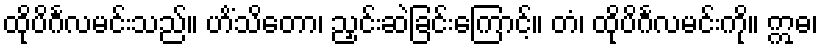
ထိုပိင်္ဂလမင်းသည်။ ဟိံသိတော၊ ညှင်းဆဲခြင်းကြောင့်။ တံ၊ ထိုပိင်္ဂလမင်းကို။ ဣဓ၊